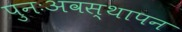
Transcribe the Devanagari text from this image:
पुनःअवस्थापन